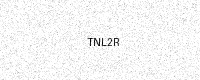
Text: TNL2R